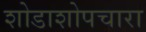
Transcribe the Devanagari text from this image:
शोडाशोपचारा